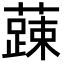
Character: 𮒄